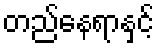
တည်နေရာနှင့်